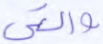
والتي